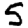
Digit: 5